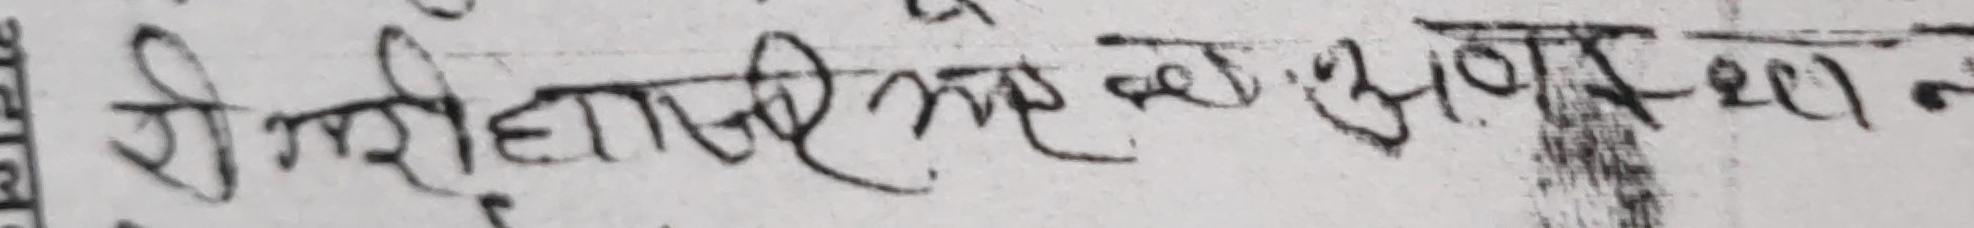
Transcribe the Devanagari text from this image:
श्री गरीधारी भए थि अवस्थ-